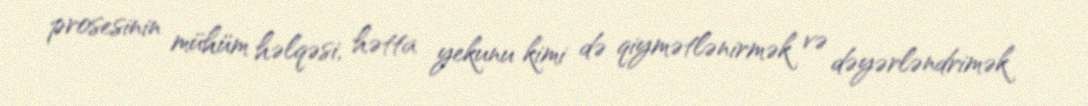
prosesinin mühüm həlqəsi, hətta yekunu kimi də qiymətlənirmək və dəyərləndrimək